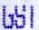
GST